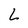
Character: L